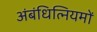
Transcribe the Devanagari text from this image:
अंबंधित्नियमों